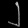
Digit: ၂